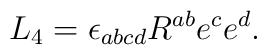
L_{4}=\epsilon _{abcd}R^{ab}e^{c}e^{d}.